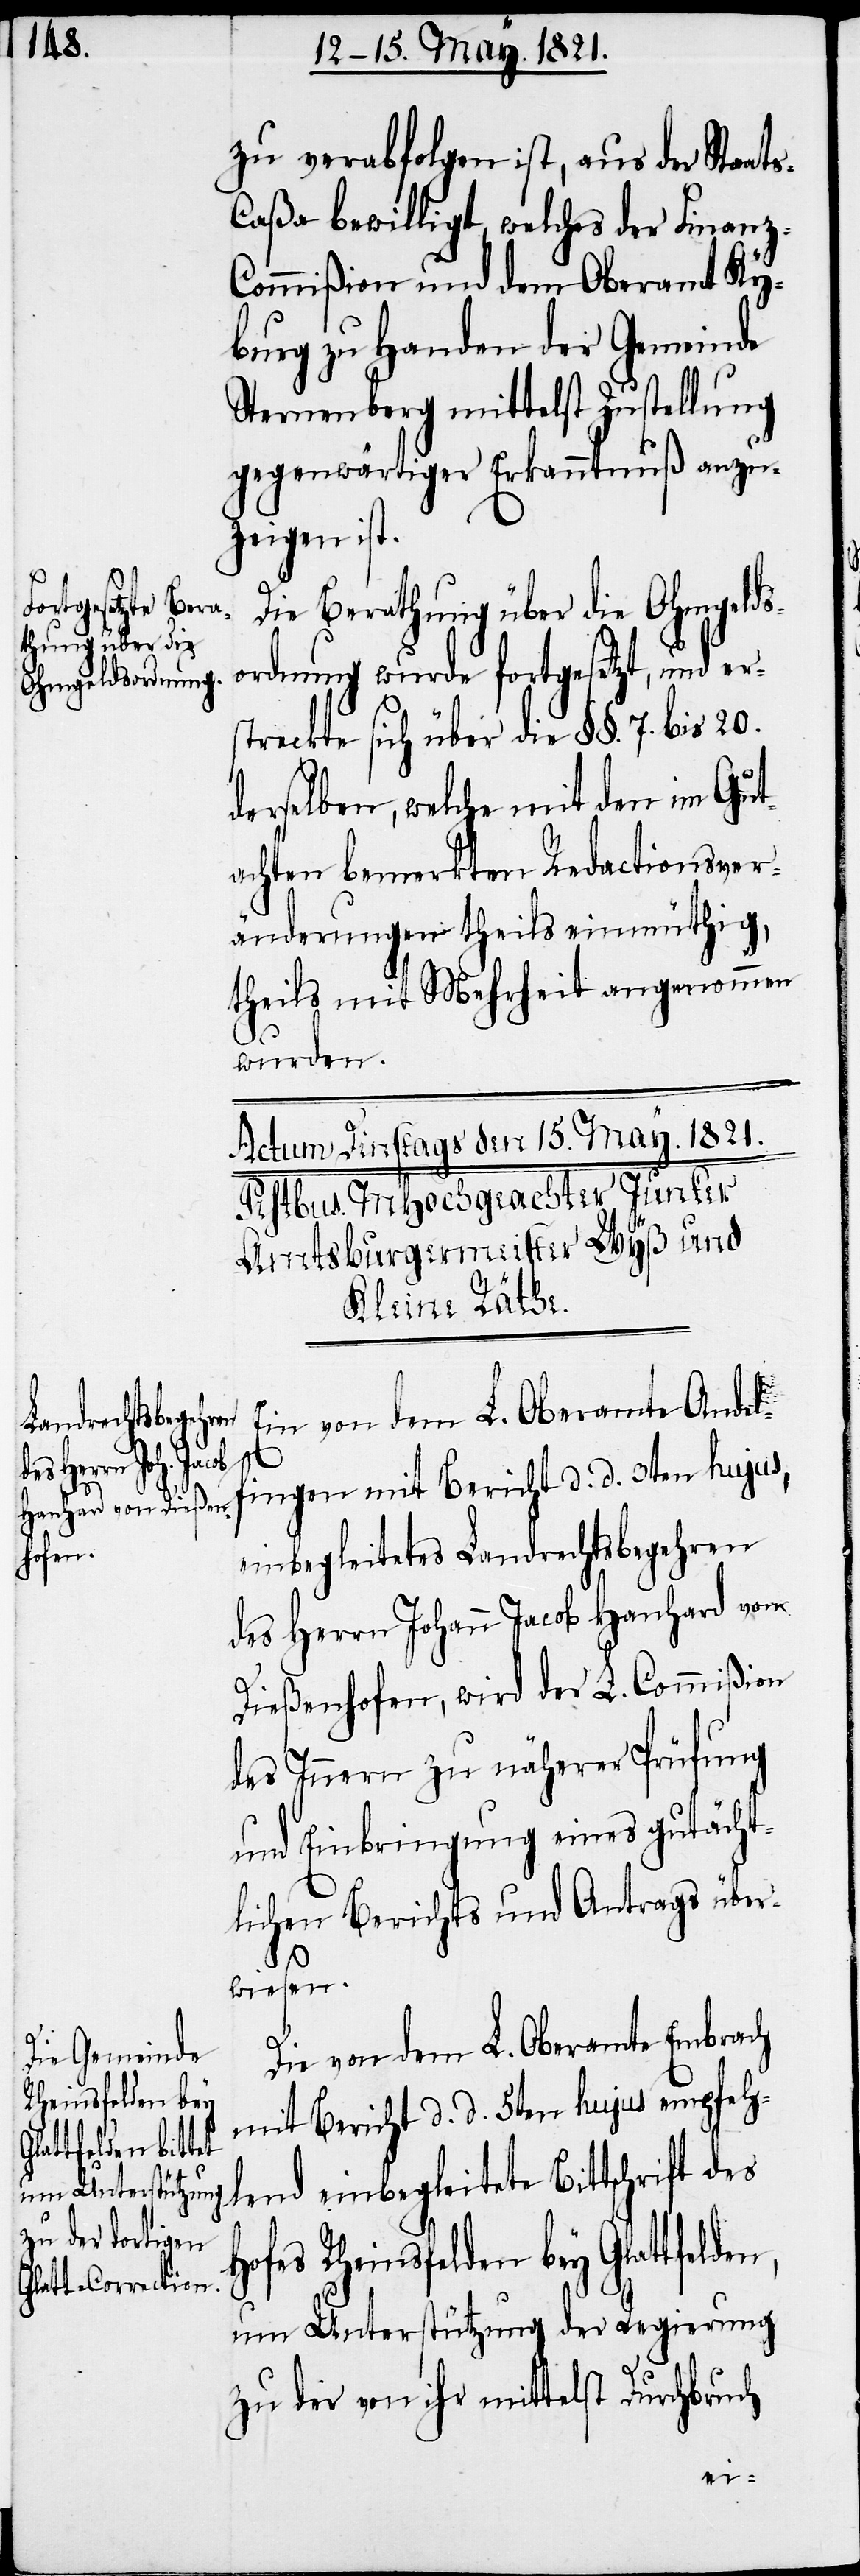
zu verabfolgen ist, aus der Staat¬
aßa bewilligt, welches der Finanz-C¬
ommißion und dem Oberamt Ky¬
burg zu Handen der Gemeinde
Sternenberg mittelst Zustellung
gegenwärtiger Erkanntnuß anzu¬
zeigen ist.
Die Berathung über die Ohmgelds¬
ordnung wurde fortgesetzt, und
streckte sich über die §§. 7. bis 20.
derselben, welche mit den im Gut¬
achten bemerkten Redactionsver¬
änderungen theils einmüthig,
theils mit Mehrheit angenommen
wurden.
Ein von dem L. Oberamte Andel¬
fingen mit Bericht d. d. 3ten hujus,
einbegleitetes Landrechtsbegehren
des Herrn Johann Jacob Hanhard von
Dießenhofen, wird der L. Commißion
des Innern zu näherer Prüfung
und Einbringung eines gutächt¬
lichen Berichts und Antrags über¬
s-C¬
wiesen.
n,
Die von dem L. Oberamte Embrach
mit Bericht d. d. 5ten hujus empfeh¬
lend einbegleitete Bittschrift des
fes Rheinsfelden bey Glattfelde¬
um Unterstützung der Regierung
zu der von ihr mittelst Durchbruch
Ho¬